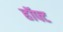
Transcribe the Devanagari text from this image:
हॉफ्ट